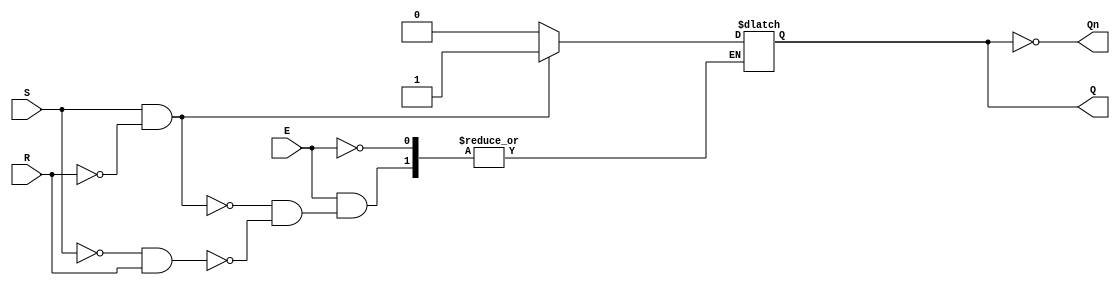
module gated_sr_latch (
    input wire S,     // Set input
    input wire R,     // Reset input
    input wire E,     // Enable input
    output reg Q,     // Primary output
    output wire Qn    // Complementary output
);

    assign Qn = ~Q;   // Complementary output

    always @(S, R, E) begin
        if (E) begin
            if (S && !R) begin
                Q <= 1'b1;  // Set Q to 1
            end else if (!S && R) begin
                Q <= 1'b0;  // Reset Q to 0
            end // S = 1 and R = 1 is considered invalid, do nothing
            // If S = 0 and R = 0, maintain current state (Q retains its value)
        end
        // When E = 0, Q retains its value due to the sensitivity of the always block
    end

endmodule